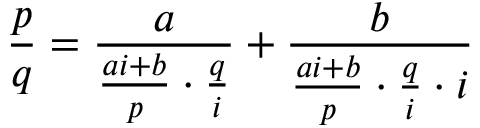
{ \frac { p } { q } } = { \frac { a } { { \frac { a i + b } { p } } \cdot { \frac { q } { i } } } } + { \frac { b } { { \frac { a i + b } { p } } \cdot { \frac { q } { i } } \cdot { i } } }